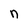
Character: n